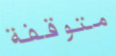
متوقفة